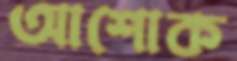
আশোক